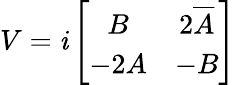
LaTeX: V=\mathit{i}\left[\begin{array}{cc}{{B}}&{{2\overline{{{A}}}}}\\ {{-2A}}&{{-B}}\end{array}\right]